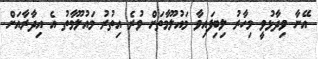
އޭނާ ވިދާޅުވީ މިހާރު ލިބިފައިވާ މައުލޫމާތަށް ވުރެ އިތުރު މައުލޫމާތު އެ އިދާރާއަށް